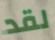
لقد